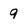
Character: 9